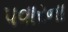
પવારના